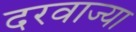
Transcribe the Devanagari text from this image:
दरवाज्या